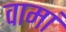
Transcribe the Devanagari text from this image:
वामां